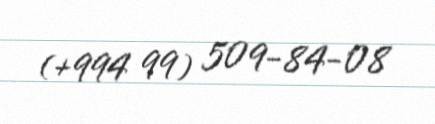
(+994 99) 509-84-08